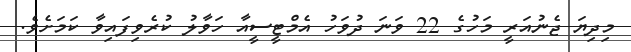
މިދިޔަ ޖެނުއަރީ މަހުގެ 22 ވަނަ ދުވަހު އެމްޓީސީއާ ހަވާލު ކުރެވިފައިވާ ކަމަށެވެ.